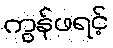
ကွန်ဖရင့်